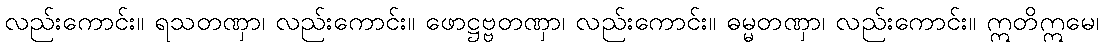
လည်းကောင်း။ ရသတဏှာ၊ လည်းကောင်း။ ဖောဋ္ဌဗ္ဗတဏှာ၊ လည်းကောင်း။ ဓမ္မတဏှာ၊ လည်းကောင်း။ ဣတိဣမေ၊